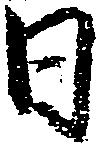
日